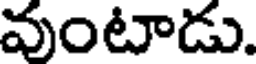
వుంటాడు.